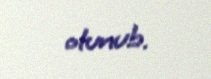
olunub.